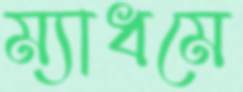
ম্যাধমে